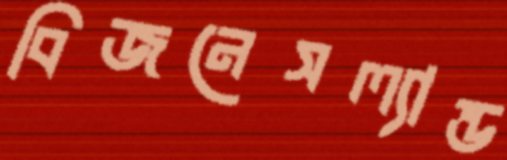
বিজনেসল্যান্ড